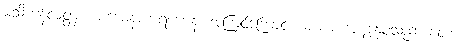
မသိကုန်လတ္တံ့။ ယံယေနကာရဏေန၊ အကြင်ကြောင့်။ မယာ၊ အကျွန်ုပ်သည်။ တေ၊